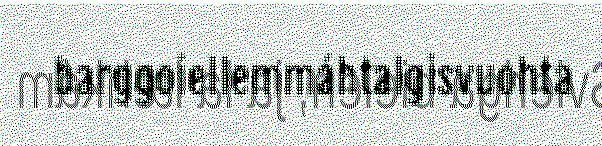
barggoiellemmáhtalgisvuohta